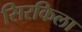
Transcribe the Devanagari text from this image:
सिरकिला